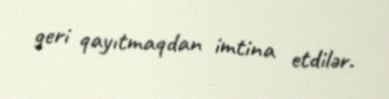
geri qayıtmaqdan imtina etdilər.